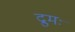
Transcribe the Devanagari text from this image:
द्रुमः